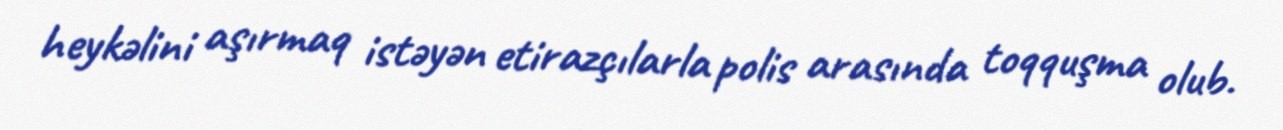
heykəlini aşırmaq istəyən etirazçılarla polis arasında toqquşma olub.